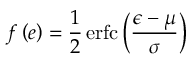
f \left( e \right) = \frac { 1 } { 2 } \operatorname { e r f c } \left( \frac { \epsilon - \mu } { \sigma } \right)